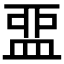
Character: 𥁶